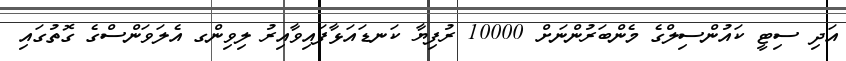
އަދި ސިޓީ ކައުންސިލްގެ މެންބަރުންނަށް 10000 ރުފިޔާ ކަނޑައަޅާފައިވާއިރު ލިވިންގ އެލަވަންސްގެ ގޮތުގައި